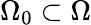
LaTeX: \Omega_{0}\subset\Omega